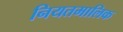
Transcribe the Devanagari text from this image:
नियतमालिक